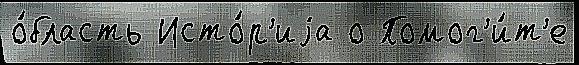
о́бласть Исто́р'иjа о Помог'и́т'е